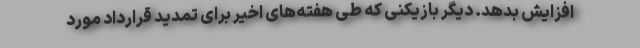
افزایش بدهد. دیگر بازیکنی که طی هفته‌های اخیر برای تمدید قرارداد مورد